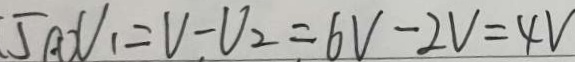
5 ( 1 ) V _ { 1 } = V - V _ { 2 } = 6 V - 2 V = 4 V